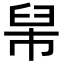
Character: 𦥡